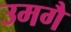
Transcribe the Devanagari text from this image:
उमगै